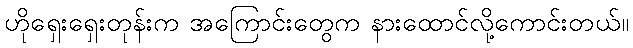
ဟိုရှေးရှေးတုန်းက အကြောင်းတွေက နားထောင်လို့ကောင်းတယ်။